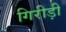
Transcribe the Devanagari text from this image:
गिरीड़ी